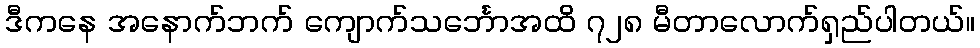
ဒီကနေ အနောက်ဘက် ကျောက်သင်္ဘောအထိ ၇၂၈ မီတာလောက်ရှည်ပါတယ်။